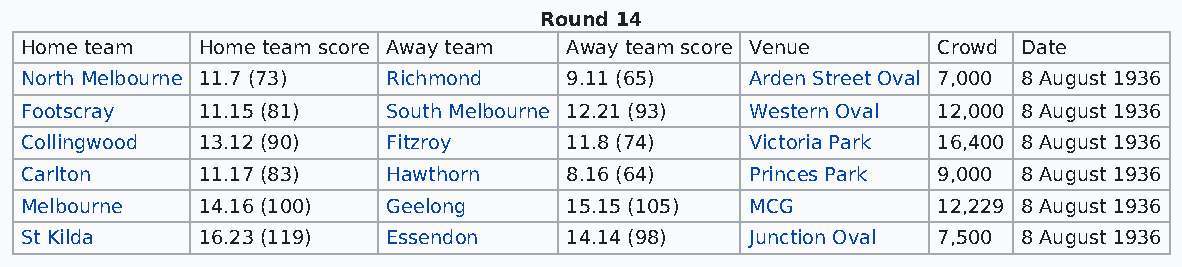
Round 14
 Home team   Home team score Away team Away team score Venue  Crowd Date
 North Melbourne 11.7 (73) Richmond  9.11 (65)    Arden Street Oval 7,000 8 August 1936
 Footscray   11.15 (81)   South Melbourne 12.21 (93) Western Oval 12,000 8 August 1936
 Collingwood 13.12 (90)   Fitzroy    11.8 (74)    Victoria Park 16,400 8 August 1936
 Carlton     11.17 (83)   Hawthorn   8.16 (64)    Princes Park 9,000 8 August 1936
 Melbourne   14.16 (100)  Geelong    15.15 (105)  MCG         12,229 8 August 1936
 St Kilda    16.23 (119)  Essendon   14.14 (98)   Junction Oval 7,500 8 August 1936